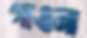
গাওনা